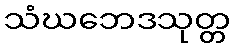
သံဃဘေဒသုတ္တ